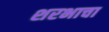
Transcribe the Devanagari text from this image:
शरभाचा